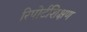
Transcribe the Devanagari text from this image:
रिपोर्टशिक्षण